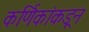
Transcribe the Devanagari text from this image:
कर्णिकांकडून